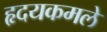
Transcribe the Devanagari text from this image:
हृदयकमले